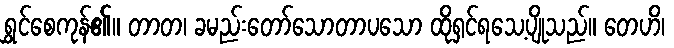
ရွှင်စေကုန်၏။ တာတ၊ ခမည်းတော်သောတာပသော ထိုရှင်ရသေ့ပျိုသည်။ တေဟိ၊